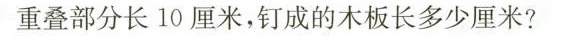
重叠部分长10厘米，钉成的木板长多少厘米?